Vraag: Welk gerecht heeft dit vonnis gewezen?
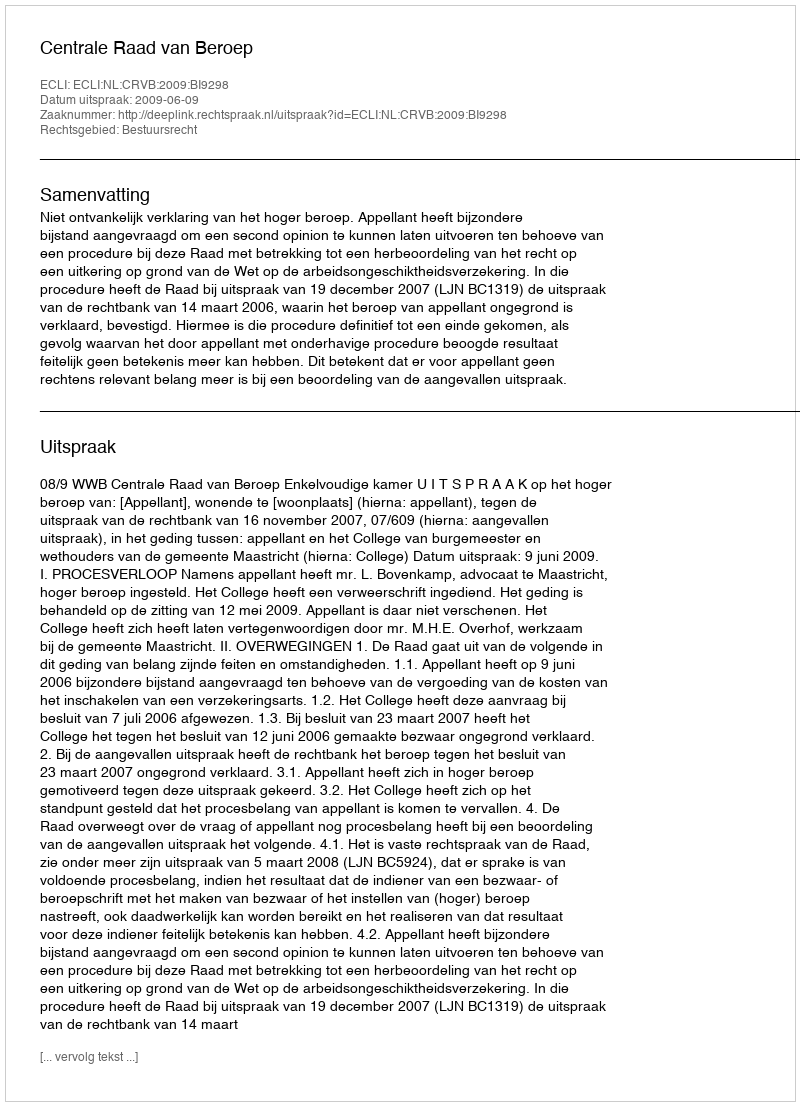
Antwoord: Centrale Raad van Beroep